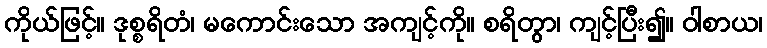
ကိုယ်ဖြင့်။ ဒုစ္စရိတံ၊ မကောင်းသော အကျင့်ကို။ စရိတွာ၊ ကျင့်ပြီး၍။ ဝါစာယ၊